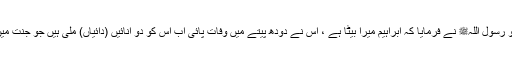
عمرو نے کہا کہ جب سیدنا ابراہیم نے وفات پائی تو رسول اللہﷺ نے فرمایا کہ ابراہیم میرا بیٹا ہے ، اس نے دودھ پیتے میں وفات پائی اب اس کو دو انّائیں (دائیاں) ملی ہیں جو جنت میں اس کے دودھ پینے کی مدت تک دودھ پلائیں گی۔